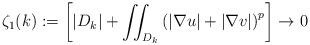
LaTeX: \begin{align*}\zeta_{1}(k):=\left[ \left\vert D_{k}\right\vert +{\displaystyle\iint_{D_{k}}}\left( \left\vert \nabla u\right\vert +\left\vert \nabla v\right\vert\right) ^{p}\right] \rightarrow0 \end{align*}